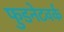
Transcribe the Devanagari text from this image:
फुडनेटवर्क